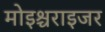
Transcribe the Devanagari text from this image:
मोइश्चराइजर